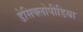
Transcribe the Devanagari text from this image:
डेसिक्लोपीडिया